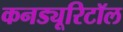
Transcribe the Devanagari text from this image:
कनड्यूरिटॉल